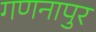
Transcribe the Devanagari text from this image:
गणनापुर